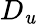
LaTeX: D_{\mathit{u}}